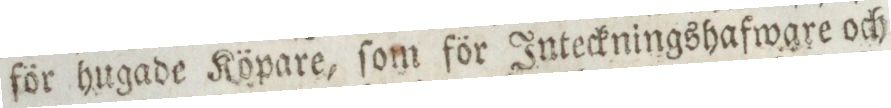
för hugade Köpare, ſom för Inteckningshafware och